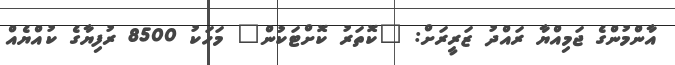
އާންމުންގެ ޖަމިއްޔާ ރައްދު ޒަރީރަށް: "ކޮތަރު ކޮށްޓަކުން" މަހަކު 8500 ރުފިޔާގެ ކުއްޔެއް